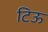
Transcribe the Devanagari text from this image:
टिऊ